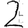
Digit: 2